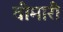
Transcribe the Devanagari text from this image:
वीमारी